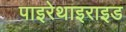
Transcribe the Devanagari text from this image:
पाइरेथाइराइड